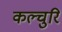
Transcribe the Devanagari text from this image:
कल्चुरि